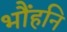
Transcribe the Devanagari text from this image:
भौंहनि